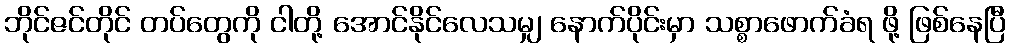
ဘိုင်ဇင်တိုင် တပ်တွေကို ငါတို့ အောင်နိုင်လေသမျှ နောက်ပိုင်းမှာ သစ္စာဖောက်ခံရ ဖို့ ဖြစ်နေပြီ